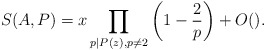
\begin{align*} S(A, P) = x \prod_{p \mid P(z), p \neq 2}\left( 1 - \frac{2}{p} \right) + O(). \end{align*}